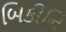
બિકીનિ